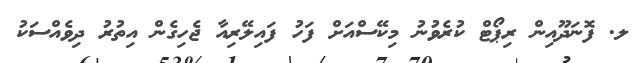
ލ. ފޮނަދޫއިން ރިޕޯޓް ކުރެވުނު މިކޭސްއަށް ފަހު ފައިލޭރިއާ ޖެހިގެން އިތުރު ދިވެއްސަކު